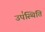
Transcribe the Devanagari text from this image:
उप॑स्थिति